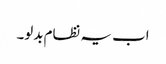
اب یہ نظام بدلو۔